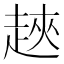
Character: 𧻵